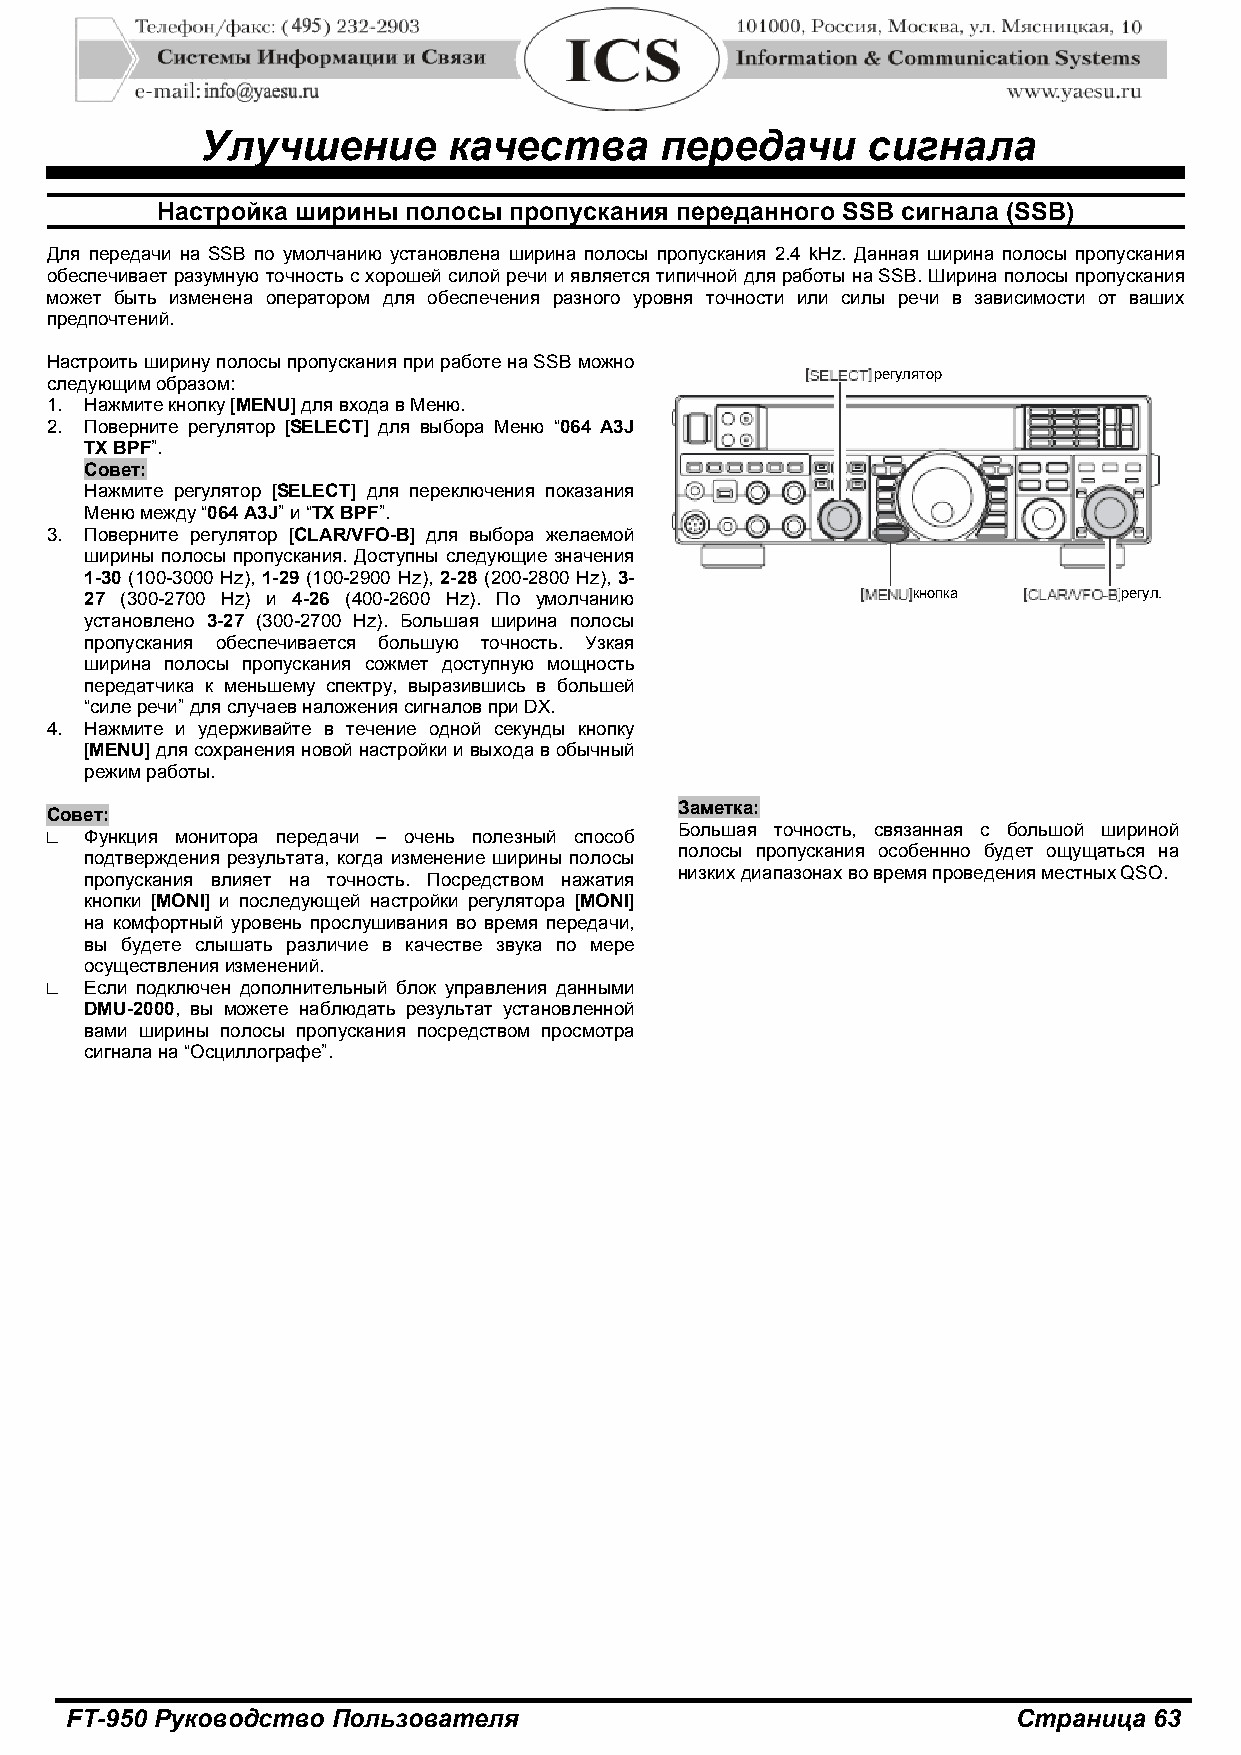
Улучшение        качества      передачи     сигнала
 Настройка ширины полосы пропускания переданного SSB сигнала (SSB)
 Для передачи на SSB по умолчанию установлена ширина полосы пропускания 2.4 kHz. Данная ширина полосы пропускания
 обеспечивает разумную точность с хорошей силой речи и является типичной для работы на SSB. Ширина полосы пропускания
 может быть изменена оператором для обеспечения разного уровня точности или силы речи в зависимости от ваших
 предпочтений.
 Настроить ширину полосы пропускания при работе на SSB можно
 регулятор
 следующим образом:
 1. Нажмите кнопку [MENU] для входа в Меню.
 2. Поверните регулятор [SELECT] для выбора Меню “064 A3J
 TX BPF”.
 Совет:
 Нажмите регулятор [SELECT] для переключения показания
 Меню между “064 A3J” и “TX BPF”.
 3. Поверните регулятор [CLAR/VFO-B] для выбора желаемой
 ширины полосы пропускания. Доступны следующие значения
 1-30 (100-3000 Hz), 1-29 (100-2900 Hz), 2-28 (200-2800 Hz), 3-
 27 (300-2700 Hz) и 4-26 (400-2600 Hz). По умолчанию   кнопка        регул.
 установлено 3-27 (300-2700 Hz). Большая ширина полосы
 пропускания обеспечивается большую точность. Узкая
 ширина полосы пропускания сожмет доступную мощность
 передатчика к меньшему спектру, выразившись в большей
 “силе речи” для случаев наложения сигналов при DX.
 4. Нажмите и удерживайте в течение одной секунды кнопку
 [MENU] для сохранения новой настройки и выхода в обычный
 режим работы.
 Заметка:
 Совет:
 Большая точность, связанная с большой шириной
 □  Функция монитора передачи – очень полезный способ
 полосы пропускания особеннно будет ощущаться на
 подтверждения результата, когда изменение ширины полосы
 низких диапазонах во время проведения местных QSO.
 пропускания влияет на точность. Посредством нажатия
 кнопки [MONI] и последующей настройки регулятора [MONI]
 на комфортный уровень прослушивания во время передачи,
 вы будете слышать различие в качестве звука по мере
 осуществления изменений.
 □  Если подключен дополнительный блок управления данными
 DMU-2000, вы можете наблюдать результат установленной
 вами ширины полосы пропускания посредством просмотра
 сигнала на “Осциллографе”.
 FT-950 Руководство Пользователя                                Страница 63